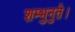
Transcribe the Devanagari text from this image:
शम्भुनुते।